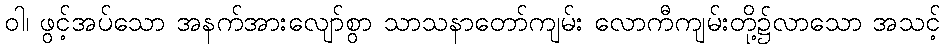
ဝါ၊ ဖွင့်အပ်သော အနက်အားလျော်စွာ သာသနာတော်ကျမ်း လောကီကျမ်းတို့၌လာသော အသင့်